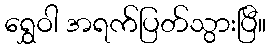
ရွှေဝါ အရက်ပြတ်သွားပြီ။